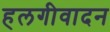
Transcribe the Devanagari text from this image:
हलगीवादन